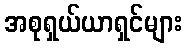
အစုရှယ်ယာရှင်များ